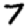
Digit: 7